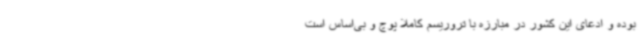
بوده و ادعای این کشور در مبارزه با تروریسم کاملا پوچ و بی‌اساس است